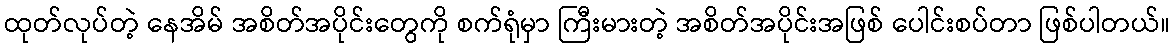
ထုတ်လုပ်တဲ့ နေအိမ် အစိတ်အပိုင်းတွေကို စက်ရုံမှာ ကြီးမားတဲ့ အစိတ်အပိုင်းအဖြစ် ပေါင်းစပ်တာ ဖြစ်ပါတယ်။